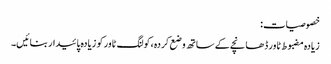
خصوصیات:
زیادہ مضبوط ٹاور ڈھانچے کے ساتھ وضع کردہ ،کولنگ ٹاور کو زیادہ پائیدار بنائیں۔